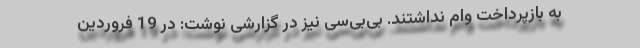
به بازپرداخت وام نداشتند. بی‌بی‌سی نیز در گزارشی نوشت: در 19 فروردین